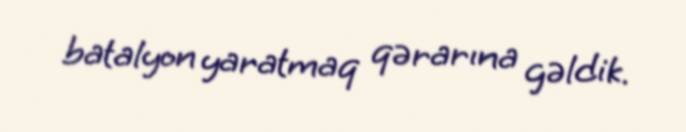
batalyon yaratmaq qərarına gəldik.